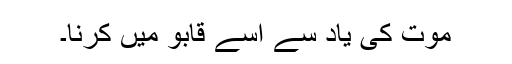
موت کی یاد سے اُسے قابو میں کرنا۔